Vital statistics of India. Vol. V, Reports of 1876 on armies & jails and on epidemic cholera
Year: 1876
Disease focus: Cholera
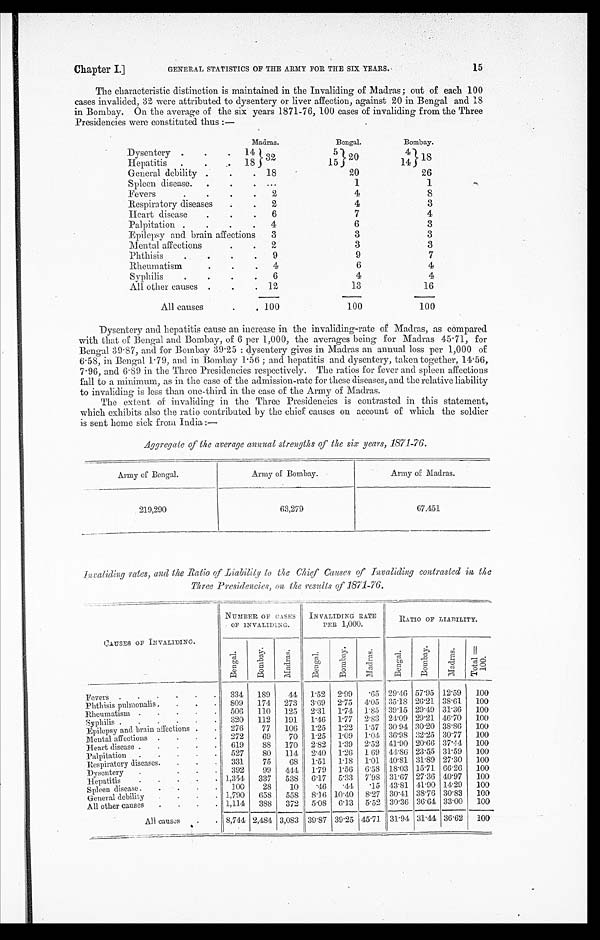
Chapter I.] GENERAL STATISTICS OF THE ARMY FOR THE SIX YEARS. 15
The characteristic distinction is maintained in the Invaliding of Madras; out of each 100
cases invalided, 32 were attributed to dysentery or liver affection, against 20 in Bengal and 18
in Bombay. On the average of the six years 1871-76, 100 cases of invaliding from the Three
Presidencies were constituted thus:—
M a d r a s .
Bengal.
Bombay.
Dysentery
1 4 3 2
5 2 0
4 1 8
Hepatitis
18
15
14
General debility
18
20
26
Spleen disease.
1
1
Fevers
2
4
8
Respiratory diseases
2
4
3
Heart disease
6
7
4
Palpitation
4
6
3
Epilepsy and brain affections
3
3
3
Mental affections
2
3
3
Phthisis
9
9
7
R h e u m a t i s m
4
6
4
Syphilis
6
4
4
All other causes
12
13
16
All causes
1 0 0
1 0 0
1 0 0
Dysentery and hepatitis cause an increase in the invaliding-rate of Madras, as compared
with that of Bengal and Bombay, of 6 per 1,000, the averages being for Madras 45 . 71, for
Bengal 39 . 87, and for Bombay 39 . 25: dysentery gives in Madras an annual loss per 1,000 of
6.58, in Bengal 1 . 79, and in Bombay 1.56; and hepatitis and dysentery, taken together, 14.56,
7 . 96, and 6 . 89 in the Three Presidencies respectively. The ratios for fever and spleen affections
fall to a minimum, as in the case of the admission-rate for these diseases, and the relative liability
to invaliding is less than one-third in the case of the Army of Madras.
The extent of invaliding in the Three Presidencies is contrasted in this statement,
which exhibits also the ratio contributed by the chief causes on account of which the soldier
is sent home sick from India:
Aggregate of the average annnal strengths of the six years, 1871-76.
Army of Bengal.
Army of Bombay.
Army of Madras.
219,290
63,279
67,451
Invaliding rates, and the Ratio of _Liability to the Chief C a u s e s o f I n v a l i d i n g c o n t r a s t e d i n t h e
Three Presidencies, on the results of 1871-76.
C A U S E S O F I N V A L I D I N G .
N U M B E R O F C A S E S
O F I N V A L I D I N G
I N V A L I D I N G R A T E
P E R 1 , 0 0 0 .
R A T I O O F L I A B I L I T Y .
B e n g a l .
B o m b a y .
M a d r a s .
B e n g a l .
B o m b a y .
M a d r a s . B e n g a l .
B o m b a y .
M a d r a s . T o t a l =
1 0 0 .
F e v e r s
334 189
44 1.52 2.99
. 6 5 29.46 57.95 12.59 100
Phthisis pulmonalis
809 174 273 3.69 2.75 4.05 35.18 26.21 38.61 100
Rheumatism
506 110 125 2.31 1.74 1.85 39.15 29.49 31.36 100
Syphilis
320 112 191 1.46 1.77 2.83 24.09 29.21 46.70 100
Epilepsy and brain affections
276
77 106 1.25 1.22 1.57 30.94 30.20 38.86 100
Mental affections
272
69
70 1. 25 1.09 1.04 36.98 32. 25 30.77 100
Heart disease
619
88 170 2.82 1.39 2.52 41.90 20.66 37.44 100
Palpitation
527
80 114 2.40 1.26 1.69 44.86 23.55 31.59 100
R e s p i r a t o r y d i s e a s e s 331
75
68 1.51 1.18 1.01 40.81 31.89 27.30 100
D y s e n t e r y
392
99 414 1.79 1.56 6.58 18.03 15.71 66.26 100
Hepatitis
1,354 337 538 6.17 5.33 7'98 31.67 27.36 40.97 100
Spleen disease
100
28
10
.46
. 4 4
. 1 5 43.81 41.90 14. 29 100
General debility
1,790 658 558 8.16 10.40 8.27 30.41 38.76 30.83 100
All other causes
1,114 388 372 5 .08
6. 13 5.52 30.36 36.64 33.00 100
All causes
8,744 2,484 3,083 39.87 39.25 45.71 31.94 31.44 36.62 1 0 0